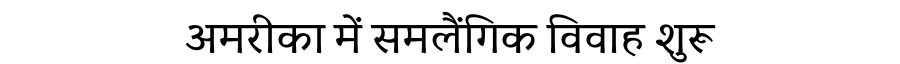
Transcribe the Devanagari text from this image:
अमरीका में समलैंगिक विवाह शुरू